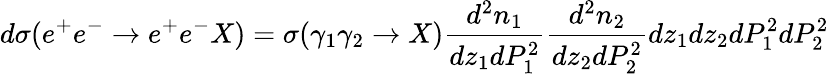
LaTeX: d\sigma(e^{+}e^{-}\rightarrow e^{+}e^{-}X)=\sigma(\gamma_{1}\gamma_{2}\rightarrow X)\frac{d^{2}n_{1}}{dz_{1}dP_{1}^{2}}\frac{d^{2}n_{2}}{dz_{2}dP_{2}^{2}}dz_{1}dz_{2}dP_{1}^{2}dP_{2}^{2}